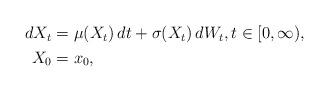
LaTeX: \begin{align*}\begin{aligned}dX_t & = \mu(X_t) \, dt + \sigma(X_t) \, dW_t, t\in [0,\infty),\\X_0 & = x_0,\end{aligned}\end{align*}